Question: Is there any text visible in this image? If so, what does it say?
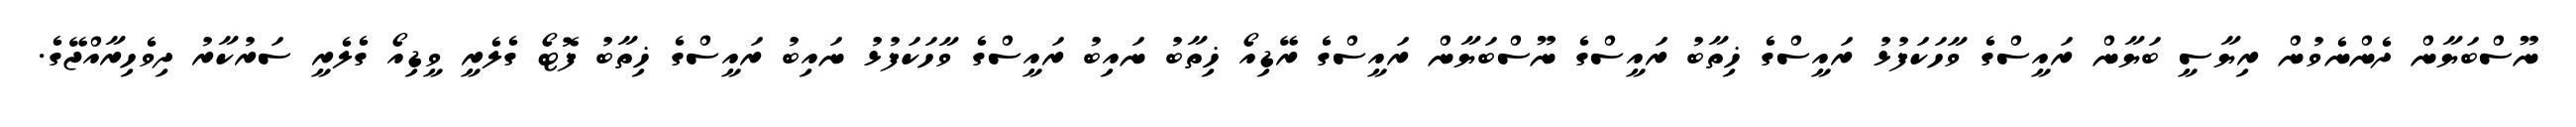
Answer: ނޫސްބަޔާން ދެންނެވުން ރިޔާސީ ބަޔާން ރައީސްގެ ވާހަކަފުޅު ރައީސްގެ ޚިތާބު ރައީސްގެ ނޫސްބަޔާން ރައީސްގެ ރޭޑިއޯ ޚިތާބު ނައިބު ރައީސްގެ ވާހަކަފުޅު ނައިބު ރައީސްގެ ޚިތާބު ފޮޓޯ ގެލެރީ ވީޑިއޯ ގެލެރީ ސަރުކާރު ދިވެހިރާއްޖޭގެ.